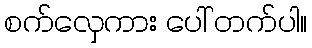
စက်လှေကား ပေါ် တက်ပါ။